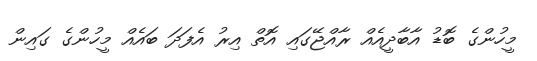
މީހުންގެ ބޮޑު އާބާދީއެއް ރާއްޖޭގައި އޮތް އިރު އެފަދަ ބައެއް މީހުންގެ ގައިން